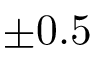
\pm 0 . 5